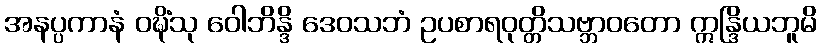
အနပ္ပကာနံ ဝဍ္ဎိံသု ဝေါဘိန္ဒိ ဒေဝသဘံ ဥပစာရဝုတ္တိသဗ္ဘာဝတော ဣန္ဒြိယဘူမိ